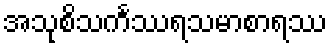
အသုစိသင်္ကဿရသမာစာရဿ